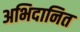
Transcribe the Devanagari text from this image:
अभिदानित